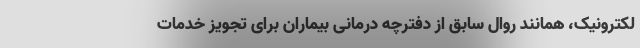
لکترونیک، همانند روال سابق از دفترچه درمانی بیماران برای تجویز خدمات